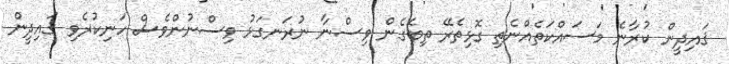
ޤައިދީން ކުރާނެ މަސައްކަތެއްނެތި ގޮޅިތެރޭ ތިބެގެން ވިސްނާ ނުރަނގަޅު ވިސްނުންވެސް ހަނިކުރެވި ޤައިދީން